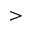
>